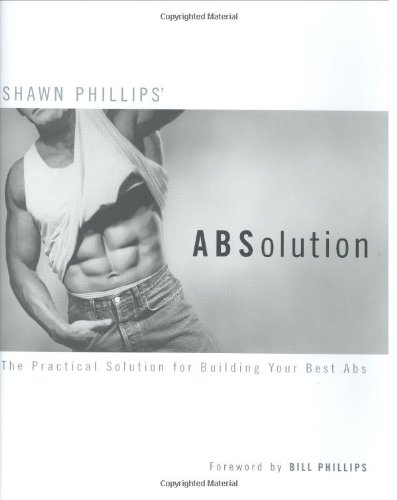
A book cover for ABSolution: The Practical Solution for Building Your Best Abs; Shawn Phillips; Health, Fitness & Dieting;